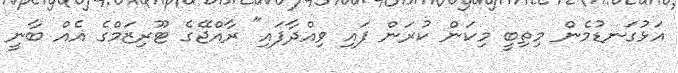
އަޅުގަނޑުމެން މިިތިބީ މިކަން ކުރަން ފައި ވިއްދާފައި" ރާއްޖޭގެ ޓޫރިޒަމްގެ އެއް ބާނީ